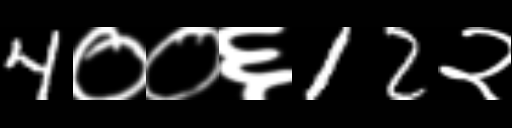
Text: 4००६12२